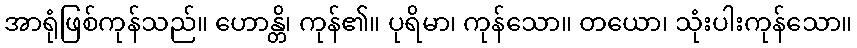
အာရုံဖြစ်ကုန်သည်။ ဟောန္တိ၊ ကုန်၏။ ပုရိမာ၊ ကုန်သော။ တယော၊ သုံးပါးကုန်သော။